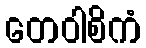
တေဝါစိကံ